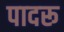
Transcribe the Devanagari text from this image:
पादरू